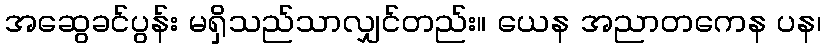
အဆွေခင်ပွန်း မရှိသည်သာလျှင်တည်း။ ယေန အညာတကေန ပန၊